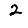
Digit: 2